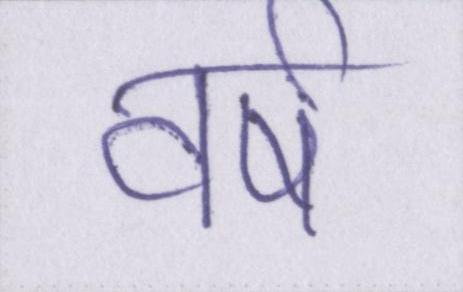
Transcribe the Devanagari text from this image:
वर्ष